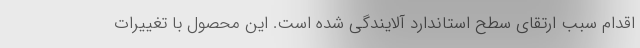
اقدام سبب ارتقای سطح استاندارد آلایندگی شده است. این محصول با تغییرات